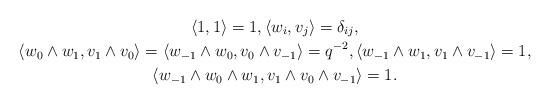
LaTeX: \begin{gather*}\langle1,1\rangle=1,\langle w_{i},v_{j}\rangle=\delta_{ij}, \\\langle w_0 \wedge w_1, v_1 \wedge v_0 \rangle = \langle w_{-1} \wedge w_0, v_0 \wedge v_{-1} \rangle = q^{-2}, \langle w_{-1}\wedge w_{1},v_{1}\wedge v_{-1}\rangle=1, \\\langle w_{-1}\wedge w_{0}\wedge w_{1},v_{1}\wedge v_{0}\wedge v_{-1}\rangle=1.\end{gather*}